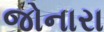
જોનારા